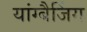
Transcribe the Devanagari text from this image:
यांग्बैजिंग